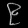
Digit: ၉